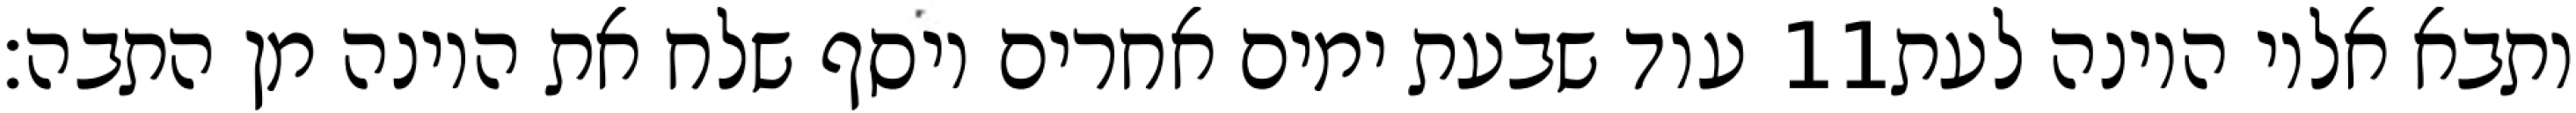
עוד שבעת ימים אחרים ויסף שלח את היונה מן התבה׃ ‎11‏ ותבא אליו היונה לעת